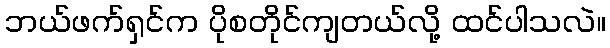
ဘယ်ဖက်ရှင်က ပိုစတိုင်ကျတယ်လို့ ထင်ပါသလဲ။